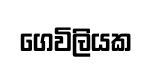
ගෙවිලියක